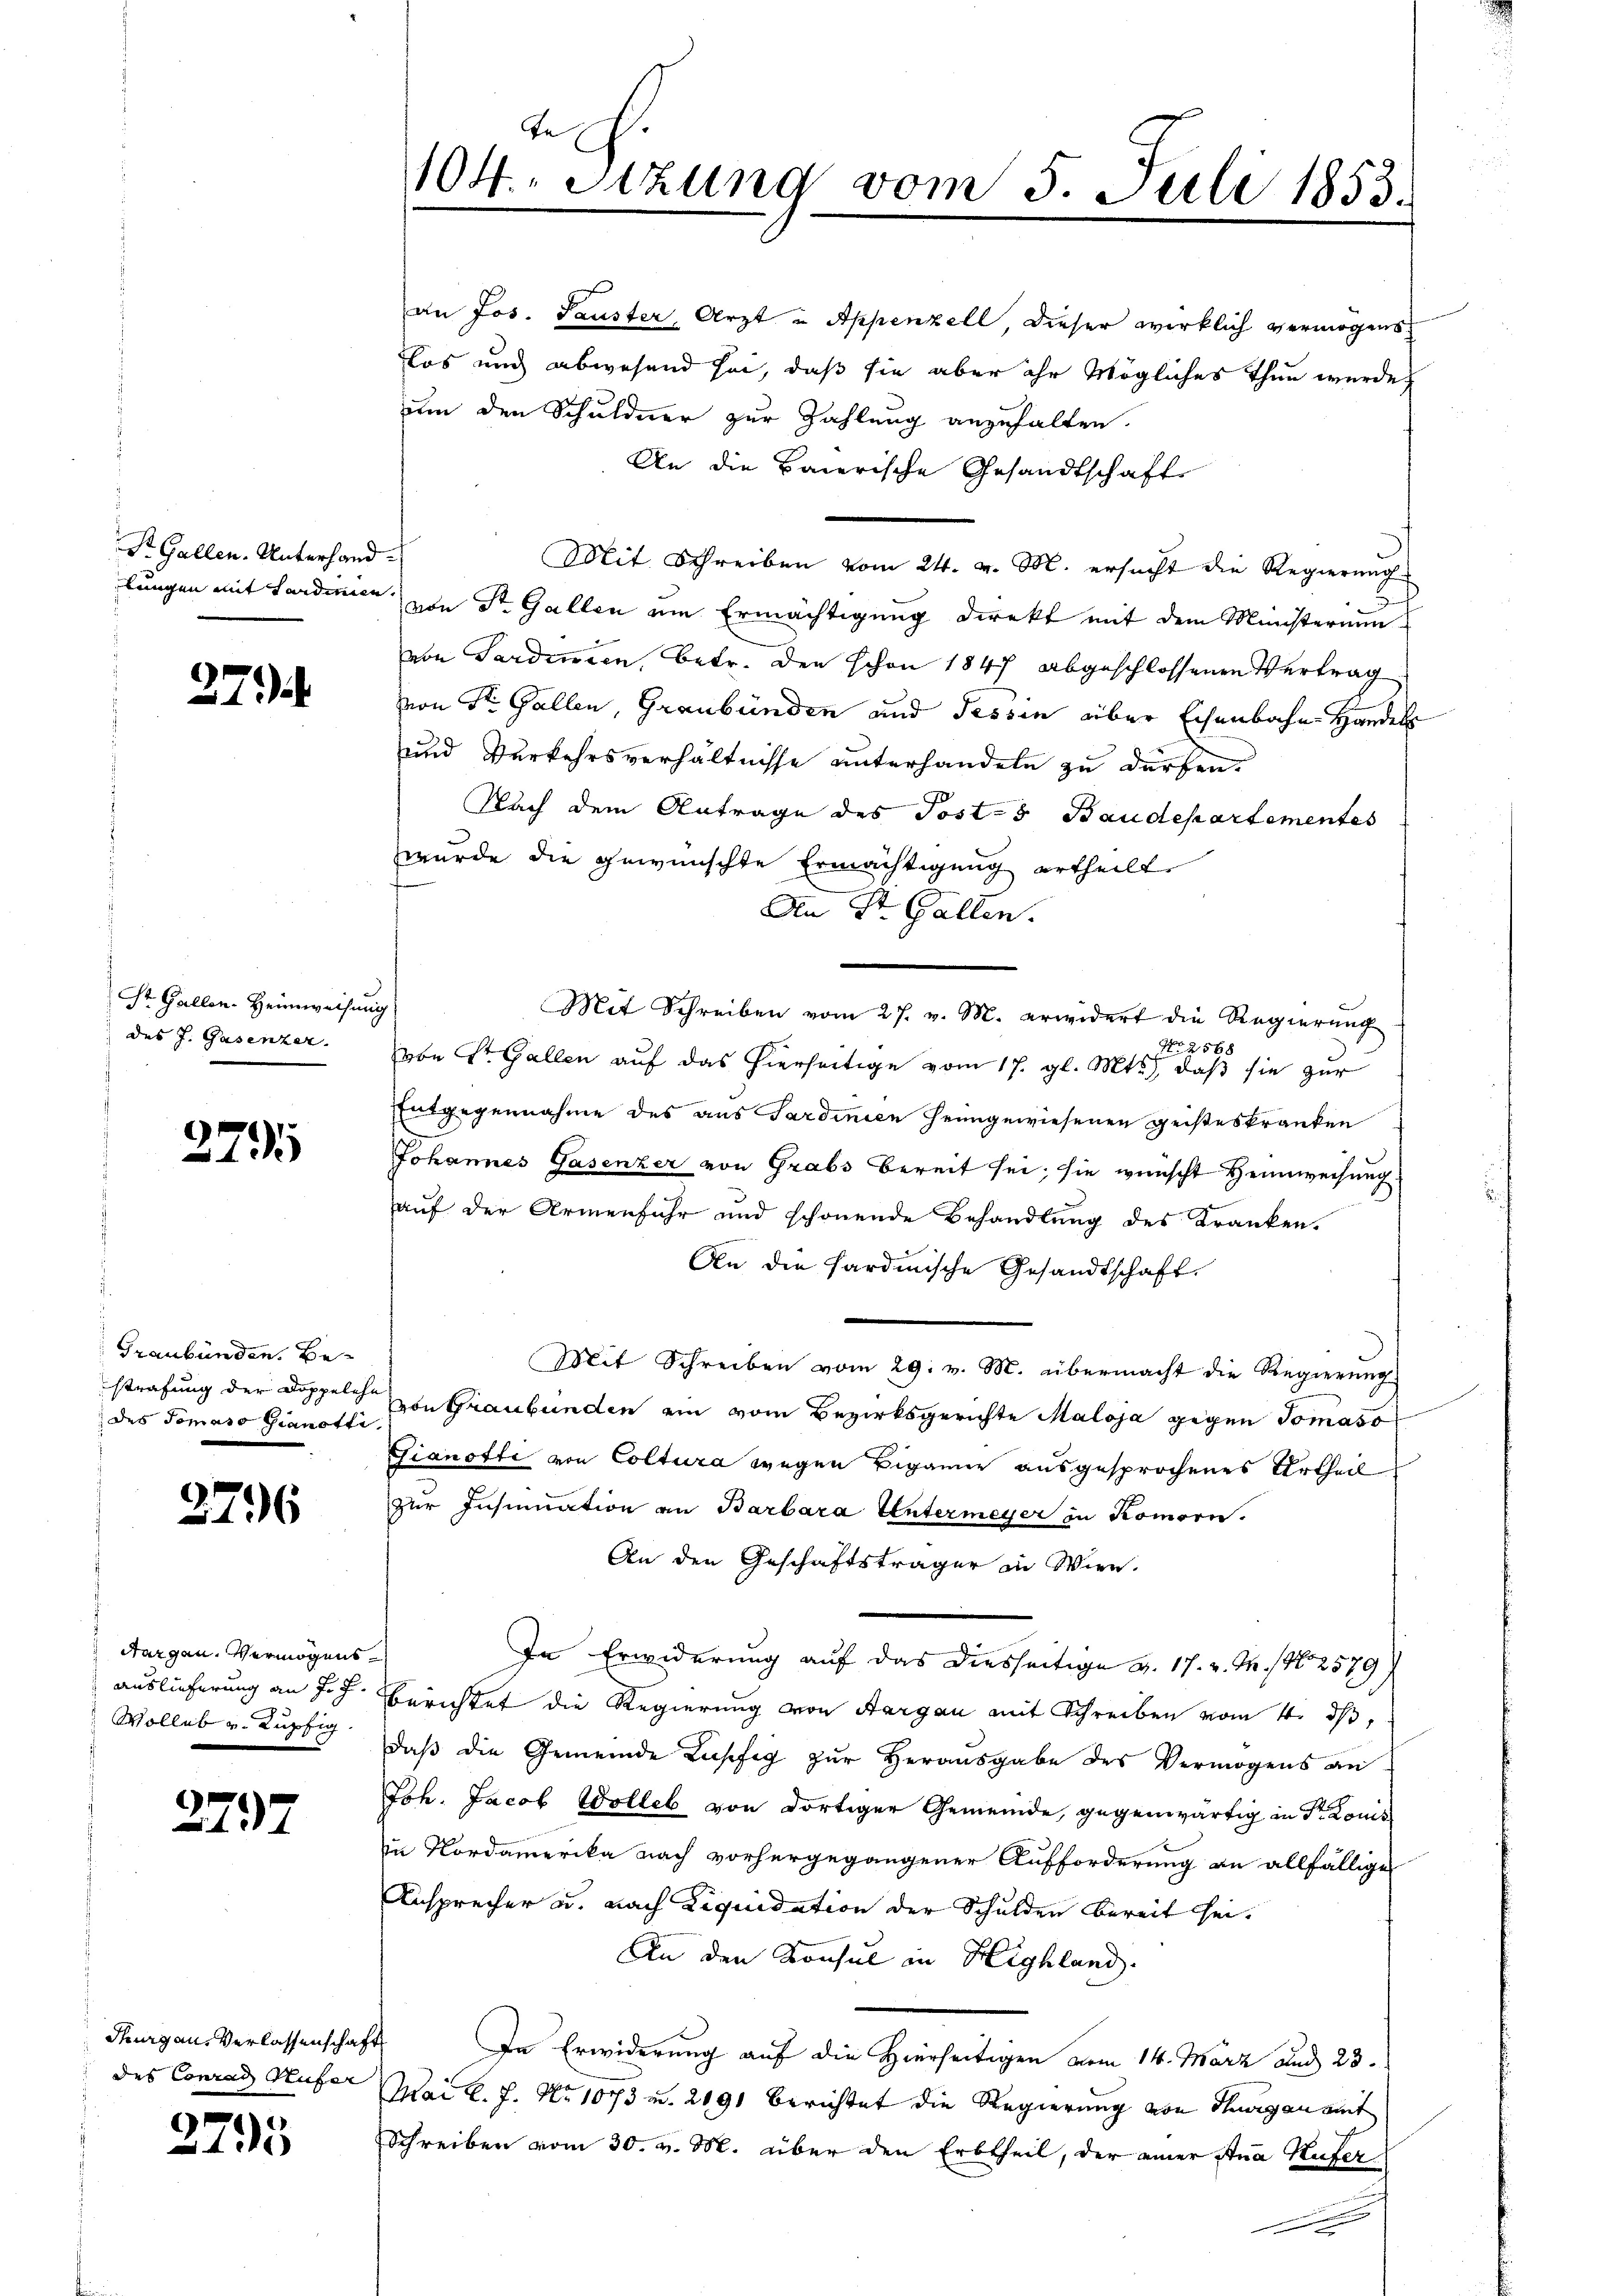
St. Gallen. Unterhand
lungen mit Sardinien

27

St. Gallen. Heimweisen
des J. Gasenzer.

279

Graubünden. Be-
strafung der Doppeleh
des Tomaso sianotte

2796

dargen. Vermögens¬
Auslieferung an J. J.
Wolles v. Lupfig.

2737

Thurgau. Verlassenschaf
des Conrad Hufer

379

te
104. Sitzung vom 5. Juli 1853.

an Jos. Sauster, Arzt u Appenzell, dieser wirklich vermögenslos und abwesend sei, daß sie aber ihr Mögliches Thun wurde
um den Schuldner zur Zahlung anzuhalten.
An die Baierische Gesandtschafte
.
Mit Schreiben vom 24. v. M. ersucht die Regierung
von Dr. Gallen um Ermächtigung direkt mit dem Ministerium
von Sardinien, betr. den schon 1847 abgeschlossenen Vertrag
von St. Gallen, Graubünden und Tessin aber Eisenbahn Handel
und Verkehrsverhältnisse unterhandeln zu dürfen.
Nach dem Antrage des Posts Baudepartementes
wurde die gewünschte Ermächtigung ertheilt.
An St. Gallen.
g
Mit Schreiben vom 27. v. M. erwidert die Regierung
No 2568
obe St. Gallen auf das hierseitige vom 17. gl. Mts., daß sie zur
Entgegennahme des aus Sardinien heimgewiesenen geisteskranken
Johannes Gasenzer von Grabs bereit sei, sie wünscht Heimweisung
auf der Armenfuhr und schönende Behandlung des Kranken.
An die Sardinische Gesandtschaft.
Mit Schreiben vom 29. v. M. übermacht die Regierŭng
von Graubünden ein vom Bezirksgerichte Maloja gegen Tomaso
Gianotte von Coltura wegen Biganne ausgesprochenes Urtheil
zur Insinuation an Barbara Untermeyer in Komorn.
An den Geschäftsträger in Wien.
In Erwiderung auf das diesseitige a. 17. v. M. N. 2579)
Berichtet die Regierung von Aargau mit Schreiben vom 4. ds,
daß die Gemeinde Lupfig zur Herausgabe des Vermögens an
Joh. Jacob Wolles von dortiger Gemeinde, gegenwärtig in Dr Louis
in Nordamerika nach vorhergegangener Aufforderung an allfällige
Ansprecher u. nach Liquidation der Schulden bereit sei¬
An den Konsul in Highland.
In Erwiderung auf die Hierseitigen vom 14. März und 23.
Mai d. 7. No 1073 u. 2091 berichtet die Regierung von Thurgau mit
Schreiben vom 30. v. M. über den Erbtheil, der einer Stua Hufer